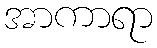
အာကာရာ